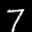
Label: 7